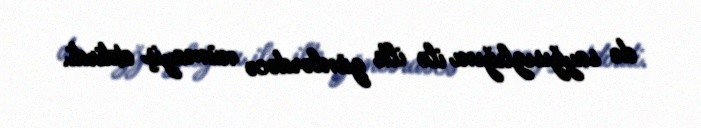
də sayğısızlığını ilə ilk günlərdəcə nümayiş etdirdi.